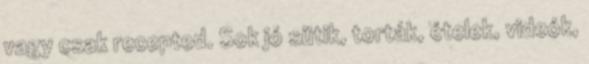
vagy csak recepted. Sok jó sütik, torták, ételek, videók,